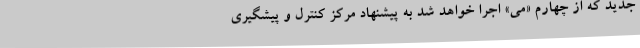
جدید که از چهارم «می» اجرا خواهد شد به پیشنهاد مرکز کنترل و پیشگیری